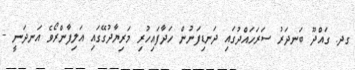
ގދ. ގައްދޫ ބަނދަރު ސަރަހައްދުގައި ދަނޑިފަނުން ހަދާފައިހުރި މަރިޔާދުގޭގައި އަލިފާންރޯވެ އަނދަނީ -